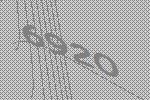
6920